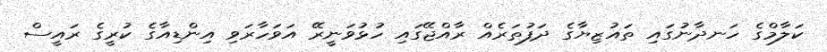
ކަލާމްގެ ހަނދާނުގައި ތައުޒިޔާގެ ދަފުތަރެއް ރާއްޖޭގައި ހުޅުވަނީރޭ އަވަހާރަވި އިންޑިއާގެ ކުރީގެ ރައީސް